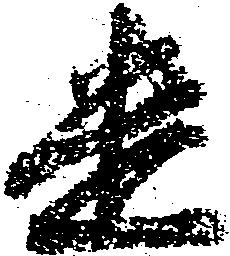
遣